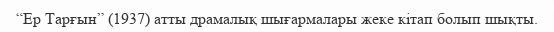
“Ер Тарғын” (1937) атты драмалық шығармалары жеке кітап болып шықты.